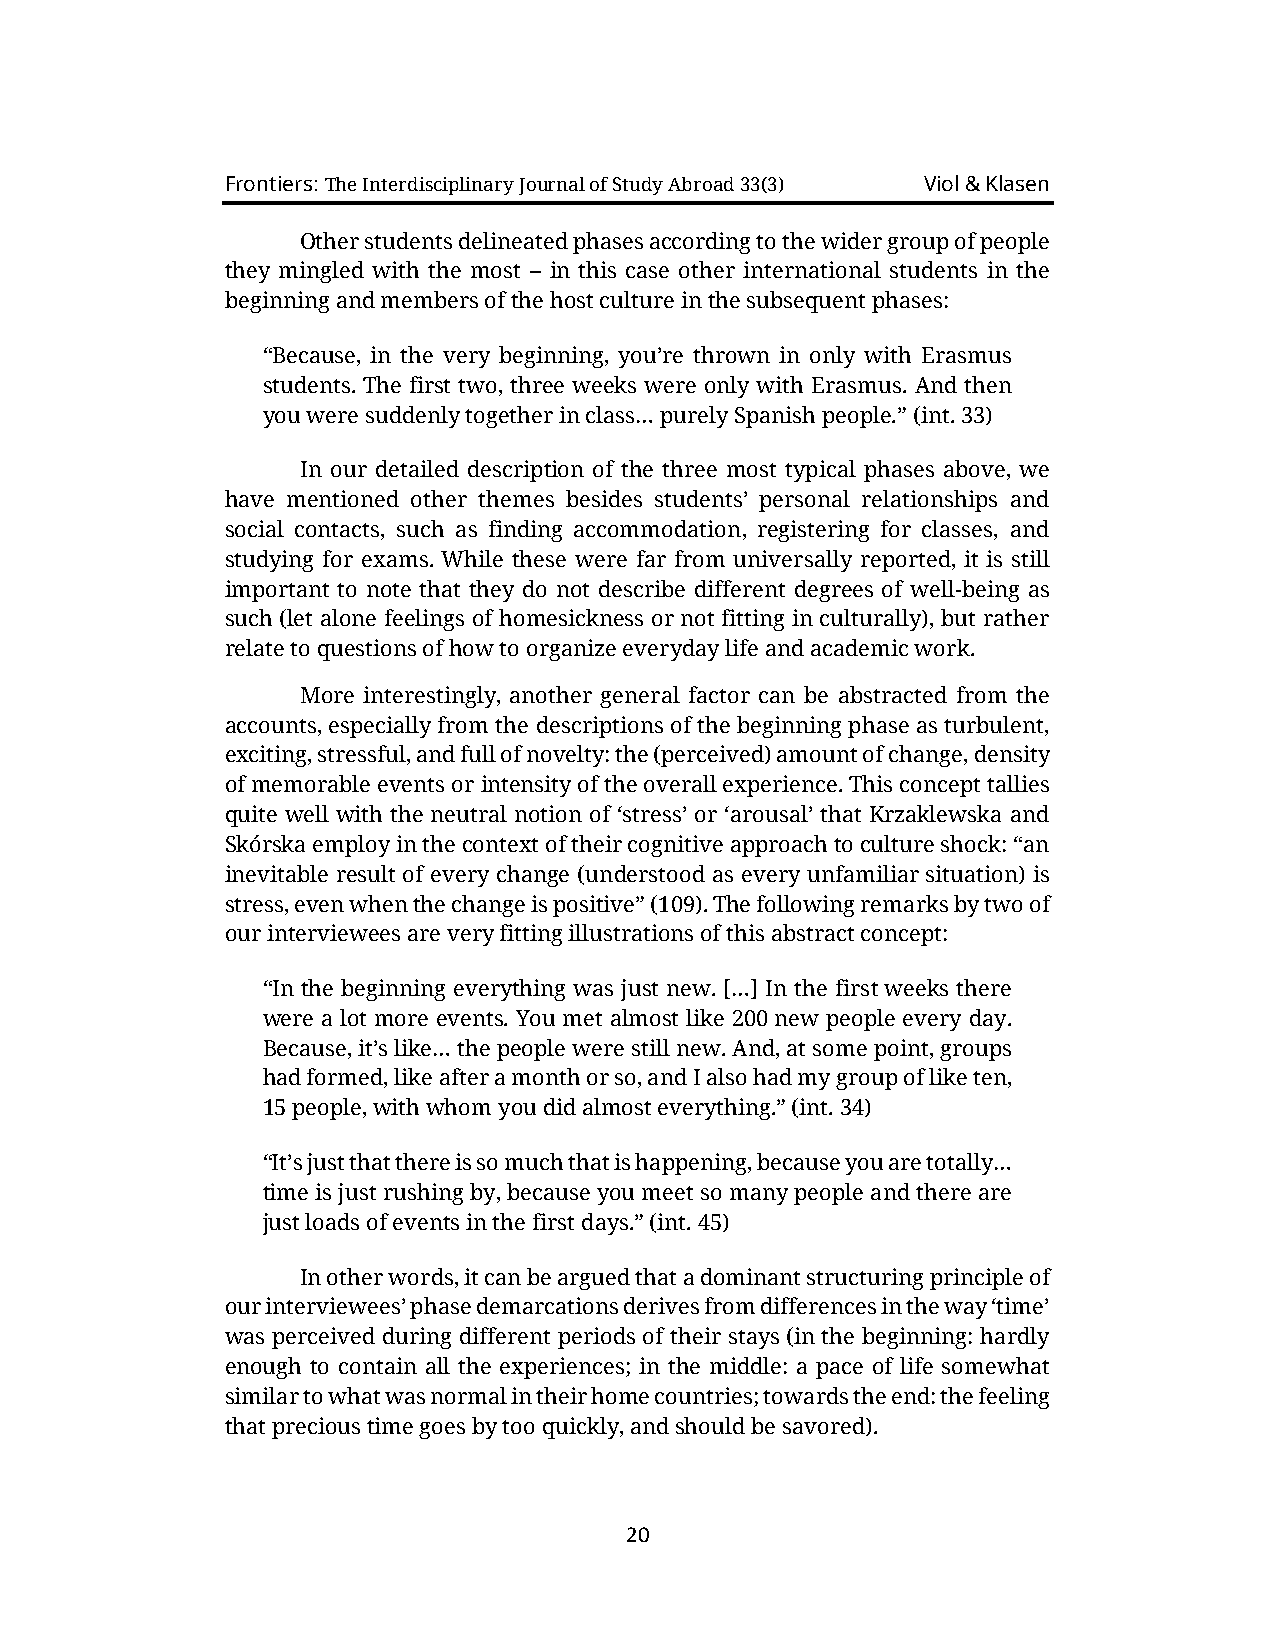
Frontiers: The Interdisciplinary Journal of Study Abroad 33(3) Viol & Klasen
 Other students delineated phases according to the wider group of people
 they mingled with the most – in this case other international students in the
 beginning and members of the host culture in the subsequent phases:
 “Because, in the very beginning, you’re thrown in only with Erasmus
 students. The first two, three weeks were only with Erasmus. And then
 you were suddenly together in class… purely Spanish people.” (int. 33)
 In our detailed description of the three most typical phases above, we
 have mentioned other themes besides students’ personal relationships and
 social contacts, such as finding accommodation, registering for classes, and
 studying for exams. While these were far from universally reported, it is still
 important to note that they do not describe different degrees of well-being as
 such (let alone feelings of homesickness or not fitting in culturally), but rather
 relate to questions of how to organize everyday life and academic work.
 More interestingly, another general factor can be abstracted from the
 accounts, especially from the descriptions of the beginning phase as turbulent,
 exciting, stressful, and full of novelty: the (perceived) amount of change, density
 of memorable events or intensity of the overall experience. This concept tallies
 quite well with the neutral notion of ‘stress’ or ‘arousal’ that Krzaklewska and
 Skórska employ in the context of their cognitive approach to culture shock: “an
 inevitable result of every change (understood as every unfamiliar situation) is
 stress, even when the change is positive” (109). The following remarks by two of
 our interviewees are very fitting illustrations of this abstract concept:
 “In the beginning everything was just new. […] In the first weeks there
 were a lot more events. You met almost like 200 new people every day.
 Because, it’s like… the people were still new. And, at some point, groups
 had formed, like after a month or so, and I also had my group of like ten,
 15 people, with whom you did almost everything.” (int. 34)
 “It’s just that there is so much that is happening, because you are totally…
 time is just rushing by, because you meet so many people and there are
 just loads of events in the first days.” (int. 45)
 In other words, it can be argued that a dominant structuring principle of
 our interviewees’ phase demarcations derives from differences in the way ‘time’
 was perceived during different periods of their stays (in the beginning: hardly
 enough to contain all the experiences; in the middle: a pace of life somewhat
 similar to what was normal in their home countries; towards the end: the feeling
 that precious time goes by too quickly, and should be savored).
 20